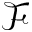
\mathcal { F }